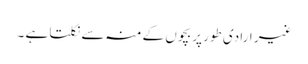
غیر ارادی طور پر بچوں کے منہ سے نکلتا ہے ۔